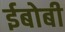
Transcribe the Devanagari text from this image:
ईबोबी